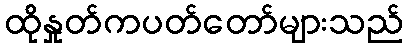
ထိုနှုတ်ကပတ်တော်များသည်